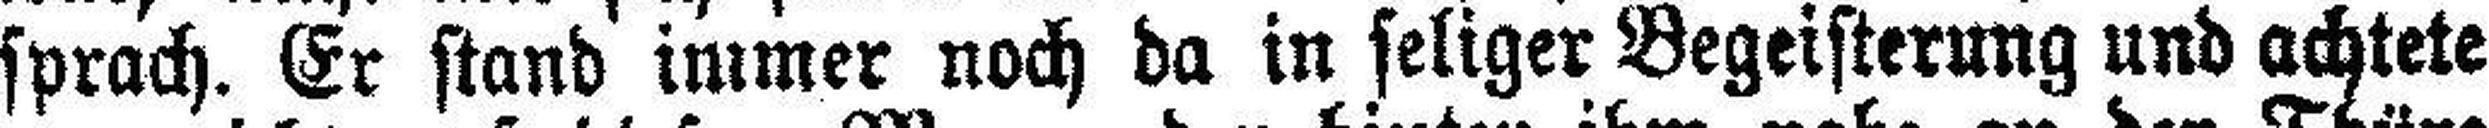
sprach. Er stand immer noch da in seliger Begeisterung und achtete